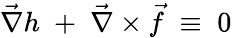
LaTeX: \vec{\nabla}h\; +\; \vec{\nabla}\times\vec{f}\; \equiv\; 0